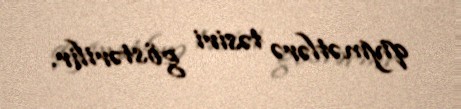
qiymətlərə təsiri göstərilir.